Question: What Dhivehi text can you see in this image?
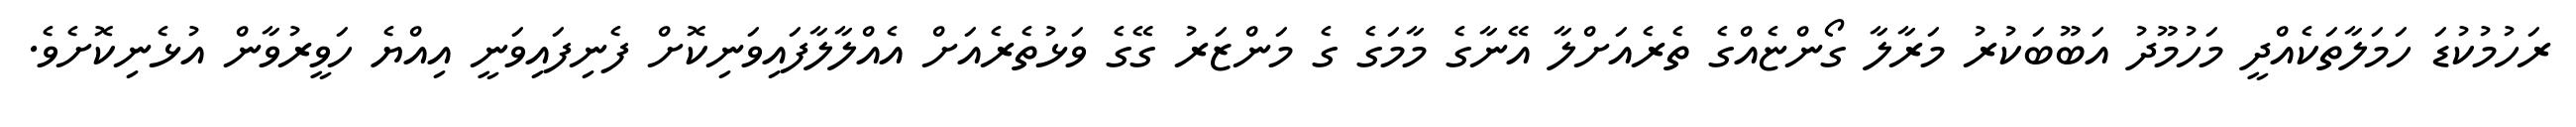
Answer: ރަހުމުކުޑަ ހަމަލާތަކެއްދީ މަހުމޫދު އަބޫބަކުރު މަރާލާ ގޯންޏެއްގެ ތެރެއަށްލާ އޭނާގެ މާމަގެ ގެ މަންޒަރު ގޭގެ ވަޅުތެރެއަށް އެއްލާލާފައިވަނިކޮށް ފެނިފައިވަނީ އިއްޔެ ހަވީރުވާން އުޅެނިކޮށެވެ.